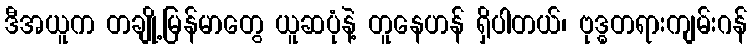
ဒီအယူက တချို့မြန်မာတွေ ယူဆပုံနဲ့ တူနေဟန် ရှိပါတယ်၊ ဗုဒ္ဓတရားကျမ်းဂန်